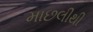
માછલીથી